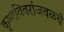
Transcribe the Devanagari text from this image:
कृष्णविवरांजवळचे